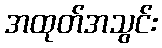
အထုတ်အသွင်း